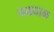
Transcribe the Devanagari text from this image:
घडयाळ